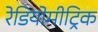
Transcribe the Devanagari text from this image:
रेडियोमीट्रिक